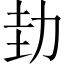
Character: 劸